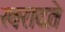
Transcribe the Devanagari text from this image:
खरादते